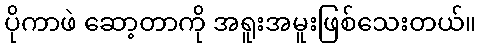
ပိုကာဖဲ ဆော့တာကို အရူးအမူးဖြစ်သေးတယ်။